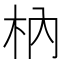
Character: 枘